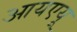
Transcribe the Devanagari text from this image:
आयएयू